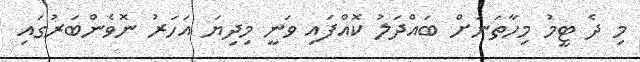
މި ދެ ޓީމު މިހާތަނަށް ބައްދަލު ކޮއްފައި ވަނީ މިދިޔަ އަހަރު ނޮވެންބަރުގައި